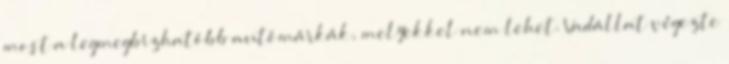
most a legmegbízhatóbb autómárkák, melyekkel nem lehet. Vadállat végezte